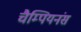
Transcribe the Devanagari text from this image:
चैम्पियनंस